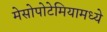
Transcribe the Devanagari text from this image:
मेसोपोटेमियामध्ये